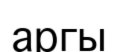
аргы